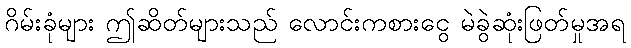
ဂိမ်းခုံများ ဤဆိတ်များသည် လောင်းကစားငွေ မဲခွဲဆုံးဖြတ်မှုအရ